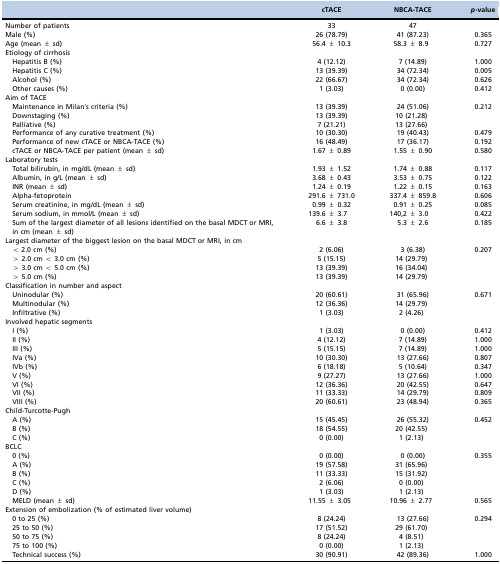
<table><thead><tr><td></td><td><b>cTACE</b></td><td><b>NBCA-TACE</b></td><td><b><i>p</i>-value</b></td></tr></thead><tbody><tr><td>Number of patients</td><td>33</td><td>47</td><td></td></tr><tr><td>Male (%)</td><td>26 (78.79)</td><td>41 (87.23)</td><td>0.365</td></tr><tr><td>Age (mean ± sd)</td><td>56.4 ± 10.3</td><td>58.3 ± 8.9</td><td>0.727</td></tr><tr><td colspan="3">Etiology of cirrhosis</td><td></td></tr><tr><td>Hepatitis B (%)</td><td>4 (12.12)</td><td>7 (14.89)</td><td>1.000</td></tr><tr><td>Hepatitis C (%)</td><td>13 (39.39)</td><td>34 (72.34)</td><td>0.005</td></tr><tr><td>Alcohol (%)</td><td>22 (66.67)</td><td>34 (72.34)</td><td>0.626</td></tr><tr><td>Other causes (%)</td><td>1 (3.03)</td><td>0 (0.00)</td><td>0.412</td></tr><tr><td colspan="3">Aim of TACE</td><td></td></tr><tr><td>Maintenance in Milan’s criteria (%)</td><td>13 (39.39)</td><td>24 (51.06)</td><td rowspan="3">0.212</td></tr><tr><td>Downstaging (%)</td><td>13 (39.39)</td><td>10 (21.28)</td></tr><tr><td>Palliative (%)</td><td>7 (21.21)</td><td>13 (27.66)</td></tr><tr><td>Performance of any curative treatment (%)</td><td>10 (30.30)</td><td>19 (40.43)</td><td>0.479</td></tr><tr><td>Performance of new cTACE or NBCA-TACE (%)</td><td>16 (48.49)</td><td>17 (36.17)</td><td>0.192</td></tr><tr><td>cTACE or NBCA-TACE per patient (mean ± sd)</td><td>1.67 ± 0.89</td><td>1.55 ± 0.90</td><td>0.580</td></tr><tr><td colspan="3">Laboratory tests</td><td></td></tr><tr><td>Total bilirubin, in mg/dL (mean ± sd)</td><td>1.93 ± 1.52</td><td>1.74 ± 0.88</td><td>0.117</td></tr><tr><td>Albumin, in g/L (mean ± sd)</td><td>3.68 ± 0.43</td><td>3.53 ± 0.75</td><td>0.122</td></tr><tr><td>INR (mean ± sd)</td><td>1.24 ± 0.19</td><td>1.22 ± 0.15</td><td>0.163</td></tr><tr><td>Alpha-fetoprotein</td><td>291.6 ± 731.0</td><td>337.4 ± 859.8</td><td>0.606</td></tr><tr><td>Serum creatinine, in mg/dL (mean ± sd)</td><td>0.99 ± 0.32</td><td>0.91 ± 0.25</td><td>0.085</td></tr><tr><td>Serum sodium, in mmol/L (mean ± sd)</td><td>139.6 ± 3.7</td><td>140,2 ± 3.0</td><td>0.422</td></tr><tr><td>Sum of the largest diameter of all lesions identified on the basal MDCT or MRI,in cm (mean ± sd)</td><td>6.6 ± 3.8</td><td>5.3 ± 2.6</td><td>0.185</td></tr><tr><td colspan="3">Largest diameter of the biggest lesion on the basal MDCT or MRI, in cm</td><td></td></tr><tr><td>&lt; 2.0 cm (%)</td><td>2 (6.06)</td><td>3 (6.38)</td><td rowspan="4">0.207</td></tr><tr><td>&gt; 2.0 cm &lt; 3.0 cm (%)</td><td>5 (15.15)</td><td>14 (29.79)</td></tr><tr><td>&gt; 3.0 cm &lt; 5.0 cm (%)</td><td>13 (39.39)</td><td>16 (34.04)</td></tr><tr><td>&gt; 5.0 cm (%)</td><td>13 (39.39)</td><td>14 (29.79)</td></tr><tr><td colspan="3">Classification in number and aspect</td><td></td></tr><tr><td>Uninodular (%)</td><td>20 (60.61)</td><td>31 (65.96)</td><td rowspan="3">0.671</td></tr><tr><td>Multinodular (%)</td><td>12 (36.36)</td><td>14 (29.79)</td></tr><tr><td>Infiltrative (%)</td><td>1 (3.03)</td><td>2 (4.26)</td></tr><tr><td colspan="3">Involved hepatic segments</td><td></td></tr><tr><td>I (%)</td><td>1 (3.03)</td><td>0 (0.00)</td><td>0.412</td></tr><tr><td>II (%)</td><td>4 (12.12)</td><td>7 (14.89)</td><td>1.000</td></tr><tr><td>III (%)</td><td>5 (15.15)</td><td>7 (14.89)</td><td>1.000</td></tr><tr><td>IVa (%)</td><td>10 (30.30)</td><td>13 (27.66)</td><td>0.807</td></tr><tr><td>IVb (%)</td><td>6 (18.18)</td><td>5 (10.64)</td><td>0.347</td></tr><tr><td>V (%)</td><td>9 (27.27)</td><td>13 (27.66)</td><td>1.000</td></tr><tr><td>VI (%)</td><td>12 (36.36)</td><td>20 (42.55)</td><td>0.647</td></tr><tr><td>VII (%)</td><td>11 (33.33)</td><td>14 (29.79)</td><td>0.809</td></tr><tr><td>VIII (%)</td><td>20 (60.61)</td><td>23 (48.94)</td><td>0.365</td></tr><tr><td colspan="3">Child-Turcotte-Pugh</td><td></td></tr><tr><td>A (%)</td><td>15 (45.45)</td><td>26 (55.32)</td><td rowspan="3">0.452</td></tr><tr><td>B (%)</td><td>18 (54.55)</td><td>20 (42.55)</td></tr><tr><td>C (%)</td><td>0 (0.00)</td><td>1 (2.13)</td></tr><tr><td>BCLC</td><td></td><td></td><td></td></tr><tr><td>0 (%)</td><td>0 (0.00)</td><td>0 (0.00)</td><td rowspan="5">0.355</td></tr><tr><td>A (%)</td><td>19 (57.58)</td><td>31 (65.96)</td></tr><tr><td>B (%)</td><td>11 (33.33)</td><td>15 (31.92)</td></tr><tr><td>C (%)</td><td>2 (6.06)</td><td>0 (0.00)</td></tr><tr><td>D (%)</td><td>1 (3.03)</td><td>1 (2.13)</td></tr><tr><td>MELD (mean ± sd)</td><td>11.55 ± 3.05</td><td>10.96 ± 2.77</td><td>0.565</td></tr><tr><td colspan="3">Extension of embolization (% of estimated liver volume)</td><td></td></tr><tr><td>0 to 25 (%)</td><td>8 (24.24)</td><td>13 (27.66)</td><td rowspan="4">0.294</td></tr><tr><td>25 to 50 (%)</td><td>17 (51.52)</td><td>29 (61.70)</td></tr><tr><td>50 to 75 (%)</td><td>8 (24.24)</td><td>4 (8.51)</td></tr><tr><td>75 to 100 (%)</td><td>0 (0.00)</td><td>1 (2.13)</td></tr><tr><td>Technical success (%)</td><td>30 (90.91)</td><td>42 (89.36)</td><td>1.000</td></tr></tbody></table>